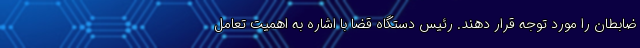
ضابطان را مورد توجه قرار دهند. رئیس دستگاه قضا با اشاره به اهمیت تعامل